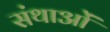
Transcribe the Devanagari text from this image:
संथाओं